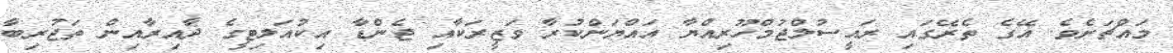
މައްޗަށެވެ. އޭގެ ތެރޭގައި ރައީސުލްޖުމްހޫރިއްޔާ އައްޔަންކުރާ ވަޒީރަކާއި ޖެންޑާ އިކުއަލިޓީގެ ދާއިރާއިން ތަޖުރިބާ